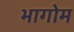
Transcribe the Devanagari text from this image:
भागोम